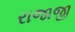
રાજાજી